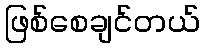
ဖြစ်စေချင်တယ်